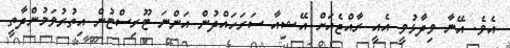
އެވެ. އޭނާ ވިދާޅުވީ އެއީ ރާއްޖެއަށް އޭޝިއާ ސަރަހައްދުން އަންނަ ޓޫރިސްޓުން އިތުރުވަމުންދާތީ